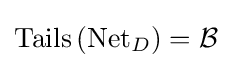
\operatorname {Tails} \left(\operatorname {Net} _{D}\right)={\mathcal {B}}